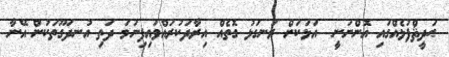
ޙަދީޘްފުޅެއްގައި އޮންނަނީ  އަޅަކަށް ރަނގަޅު ގޮތެއް އިރާދަކުރައްވައިފިނަމަ ދަތި އުނދަގޫތަކުން އޭނާ